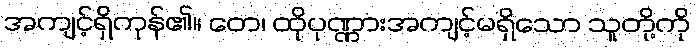
အကျင့်ရှိကုန်၏။ တေ၊ ထိုပုဏ္ဏားအကျင့်မရှိသော သူတို့ကို